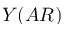
Y ( A R )